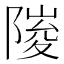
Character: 𮥘